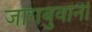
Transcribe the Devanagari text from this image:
जोगबुवांनी